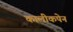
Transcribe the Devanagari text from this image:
कालीकपेन